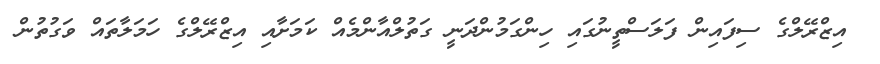
އިޒްރޭލްގެ ސިފައިން ފަލަސްތީނުގައި ހިންގަމުންދަނީ ގަތުލްއާންމެއް ކަމަށާއި އިޒްރޭލްގެ ހަމަލާތައް ވަގުތުން